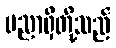
ပညာရှိတို့သည်